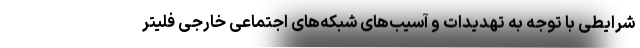
شرایطی با توجه به تهدیدات و آسیب‌های شبکه‌های اجتماعی خارجی فلیتر